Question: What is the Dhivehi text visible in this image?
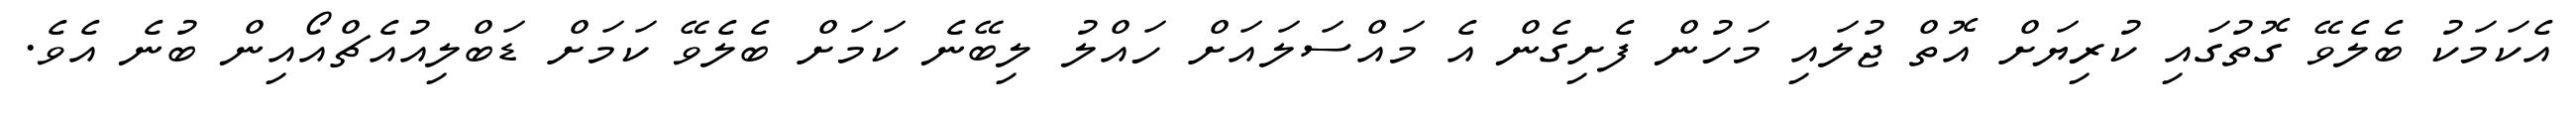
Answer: އެކަމަކު ބެލެވޭ ގޮތުގައި ކުރިޔަށް އޮތް ޖުލައި މަހުން ފެށިގެން އެ މައްސަލައަށް ހައްލު ލިބޭނެ ކަމަށް ބެލެވޭ ކަމަށް ޑަބްލިއުއެޗްއޯއިން ބުނެ އެވެ.